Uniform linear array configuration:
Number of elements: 32
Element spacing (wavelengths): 0.25
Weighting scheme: cosine
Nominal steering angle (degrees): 0
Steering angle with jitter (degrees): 0.06346
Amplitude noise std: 0.05
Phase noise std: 0.05

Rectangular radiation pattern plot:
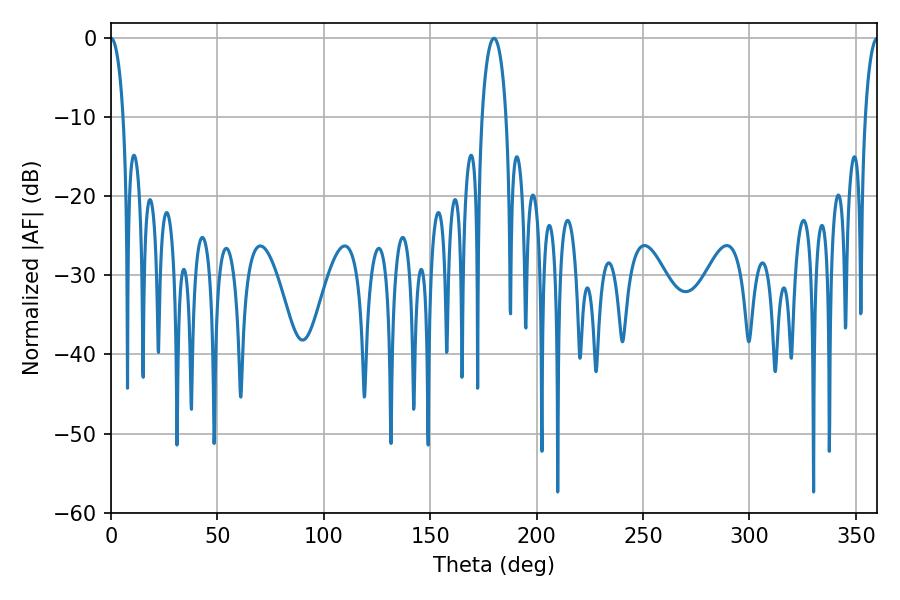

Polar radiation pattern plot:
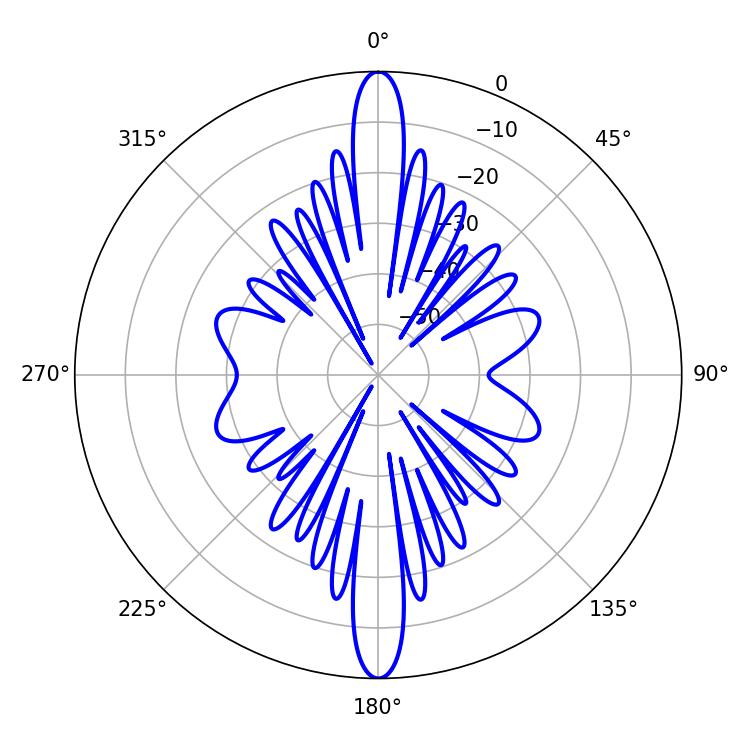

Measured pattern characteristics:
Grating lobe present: FALSE
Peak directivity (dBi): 48.866
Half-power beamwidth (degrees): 6.48
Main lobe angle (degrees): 180